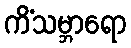
ကိံသမ္ဘာရော